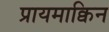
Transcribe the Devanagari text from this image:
प्रायमाक्विन